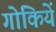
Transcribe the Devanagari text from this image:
गोकियें